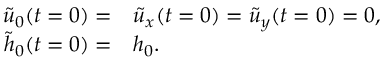
\begin{array} { r l } { \tilde { u } _ { 0 } ( t = 0 ) = } & { { } \tilde { u } _ { x } ( t = 0 ) = \tilde { u } _ { y } ( t = 0 ) = 0 , \; \; } \\ { \tilde { h } _ { 0 } ( t = 0 ) = } & { { } h _ { 0 } . } \end{array}